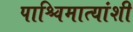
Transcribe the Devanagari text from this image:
पाश्चिमात्यांशी